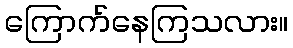
ကြောက်နေကြသလား။